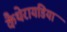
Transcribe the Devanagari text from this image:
कैथेरायडिया